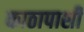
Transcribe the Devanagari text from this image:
काठापाशी